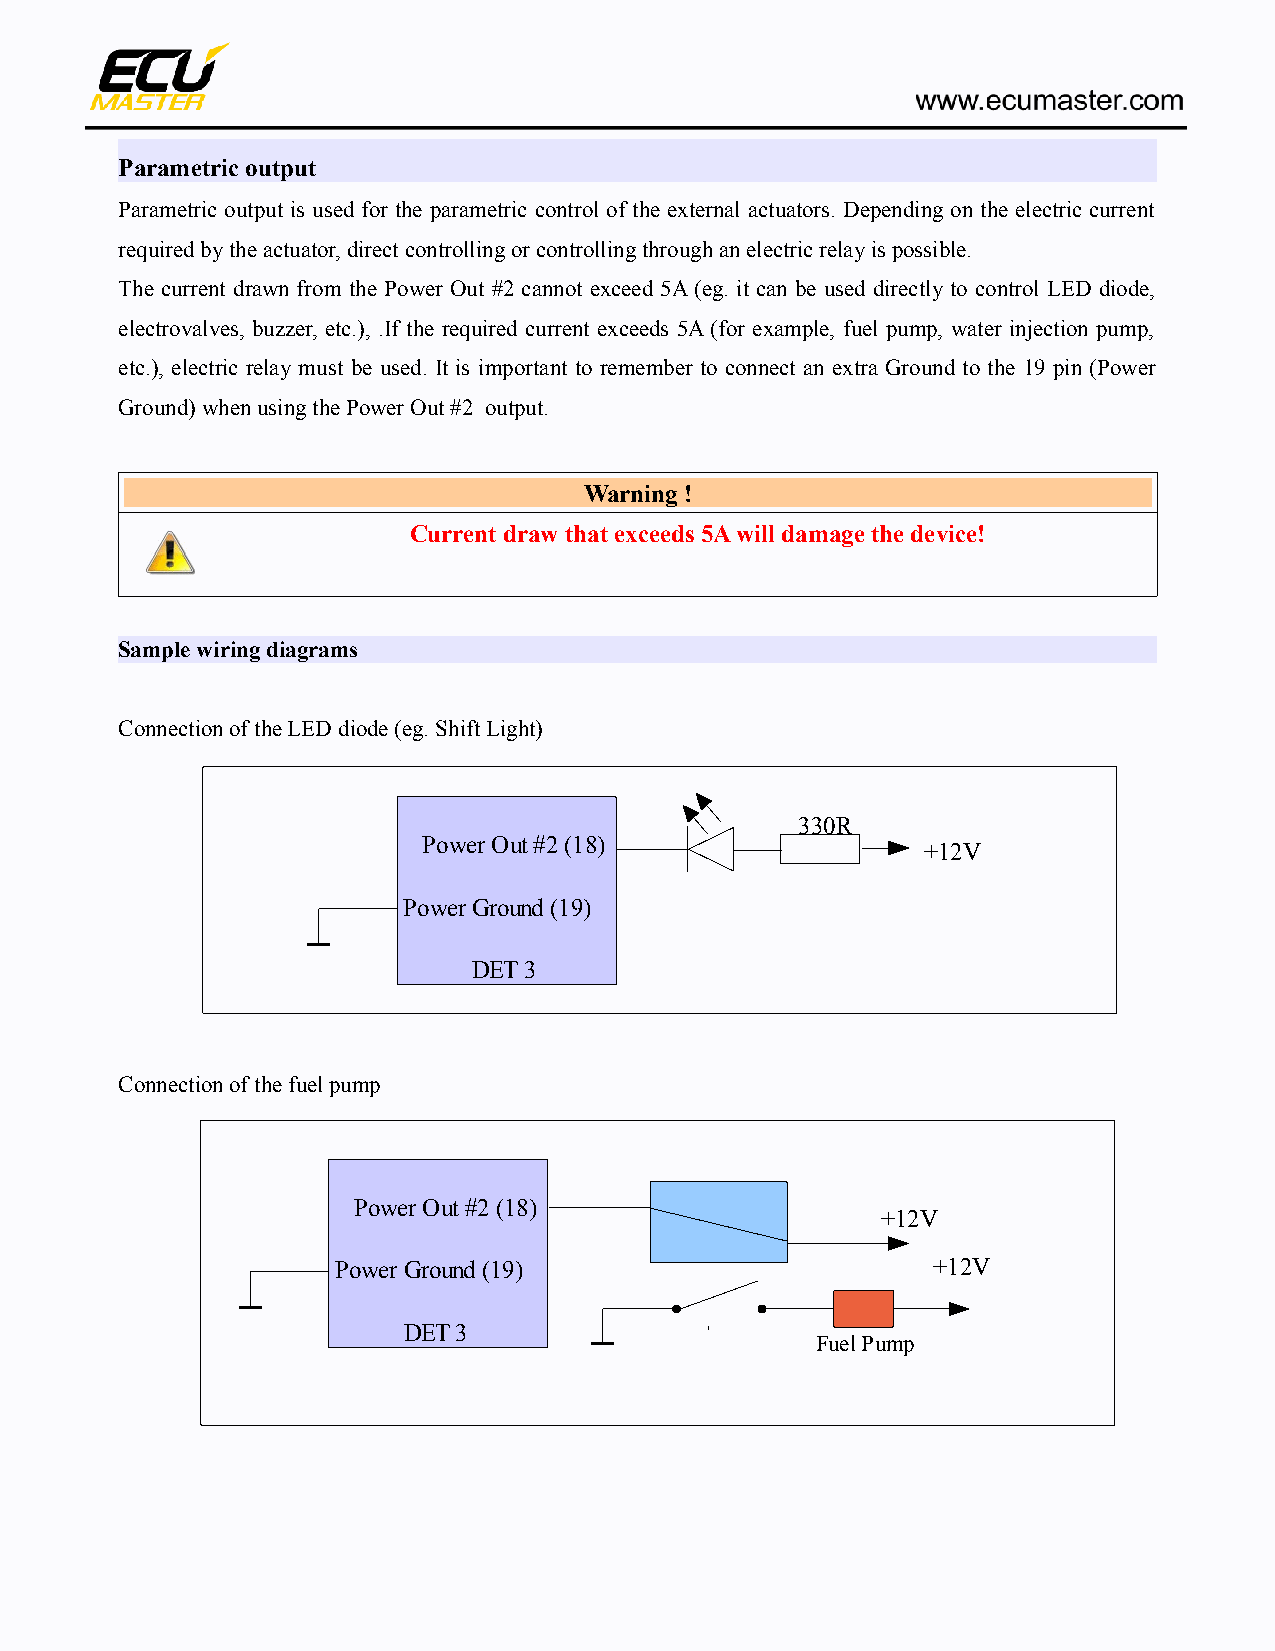
Parametric output
 Parametric output is used for the parametric control of the external actuators. Depending on the electric current
 required by the actuator, direct controlling or controlling through an electric relay is possible.
 The current drawn from the Power Out #2 cannot exceed 5A (eg. it can be used directly to control LED diode,
 electrovalves, buzzer, etc.), .If the required current exceeds 5A (for example, fuel pump, water injection pump,
 etc.), electric relay must be used. It is important to remember to connect an extra Ground to the 19 pin (Power
 Ground) when using the Power Out #2 output.
 Warning !
 Current draw that exceeds 5A will damage the device!
 Sample wiring diagrams
 Connection of the LED diode (eg. Shift Light)
 330R
 Power Out #2 (18)
 +12V
 Power Ground (19)
 DET 3
 Connection of the fuel pump
 Power Out #2 (18)
 +12V
 Power Ground (19)                       +12V
 DET 3
 Fuel Pump